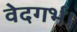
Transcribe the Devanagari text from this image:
वेदगर्भ।